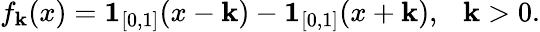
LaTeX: f_{\mathbf{k}}(x)=\mathbf{{1}}_{[0,1]}(x-\mathbf{k})-\mathbf{{1}}_{[0,1]}(x+\mathbf{k}),\ \ \ \mathbf{k}>0.